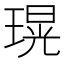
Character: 𤨆